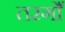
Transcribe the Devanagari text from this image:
तरगोँ